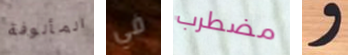
المألوفة في مضطرب و